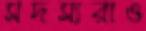
সদস্যরাও